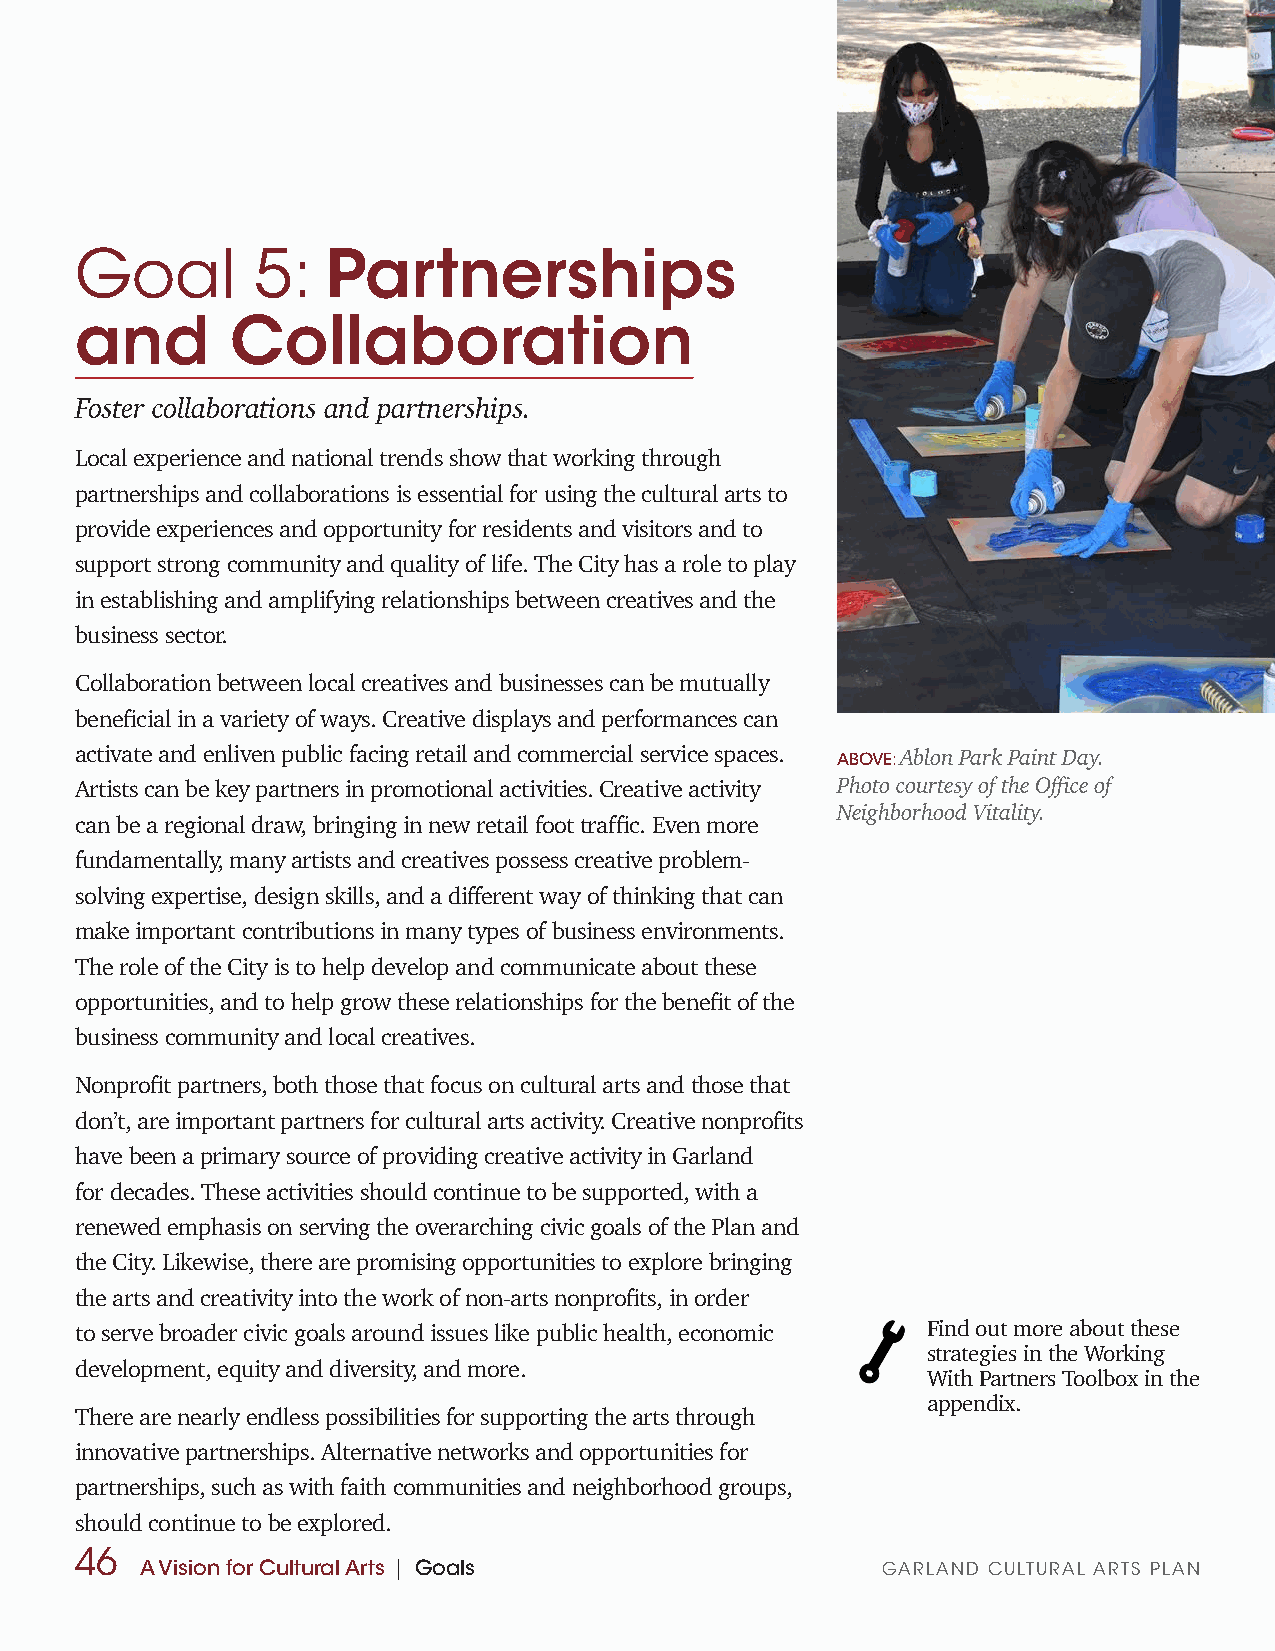
Goal        5:   Partnerships
 and       Collaboration
 Foster collaborations and partnerships.
 Local experience and national trends show that working through
 partnerships and collaborations is essential for using the cultural arts to
 provide experiences and opportunity for residents and visitors and to
 support strong community and quality of life. The City has a role to play
 in establishing and amplifying relationships between creatives and the
 business sector.
 Collaboration between local creatives and businesses can be mutually
 beneficial in a variety of ways. Creative displays and performances can
 activate and enliven public facing retail and commercial service spaces. ABOVE: Ablon Park Paint Day.
 Artists can be key partners in promotional activities. Creative activity Photo courtesy of the Office of
 Neighborhood Vitality.
 can be a regional draw, bringing in new retail foot traffic. Even more
 fundamentally, many artists and creatives possess creative problem-
 solving expertise, design skills, and a different way of thinking that can
 make important contributions in many types of business environments.
 The role of the City is to help develop and communicate about these
 opportunities, and to help grow these relationships for the benefit of the
 business community and local creatives.
 Nonprofit partners, both those that focus on cultural arts and those that
 don’t, are important partners for cultural arts activity. Creative nonprofits
 have been a primary source of providing creative activity in Garland
 for decades. These activities should continue to be supported, with a
 renewed emphasis on serving the overarching civic goals of the Plan and
 the City. Likewise, there are promising opportunities to explore bringing
 the arts and creativity into the work of non-arts nonprofits, in order
 to serve broader civic goals around issues like public health, economic Find out more about these
 strategies in the Working
 development, equity and diversity, and more.
 With Partners Toolbox in the
 appendix.
 There are nearly endless possibilities for supporting the arts through
 innovative partnerships. Alternative networks and opportunities for
 partnerships, such as with faith communities and neighborhood groups,
 should continue to be explored.
 46
 A Vision for Cultural Arts | Goals               GARLAND CULTURAL ARTS PLAN